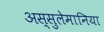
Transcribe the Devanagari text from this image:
अस्सुलेमानिया